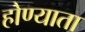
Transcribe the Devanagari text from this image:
होण्याता